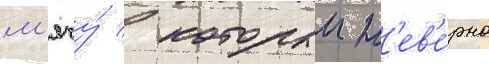
м'ячу́ / которыи н'ев'е́рно